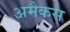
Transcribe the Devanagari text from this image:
अमैकस